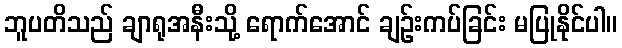
ဘူပတိသည် ချာရုအနီးသို့ ရောက်အောင် ချဉ်းကပ်ခြင်း မပြုနိုင်ပါ။